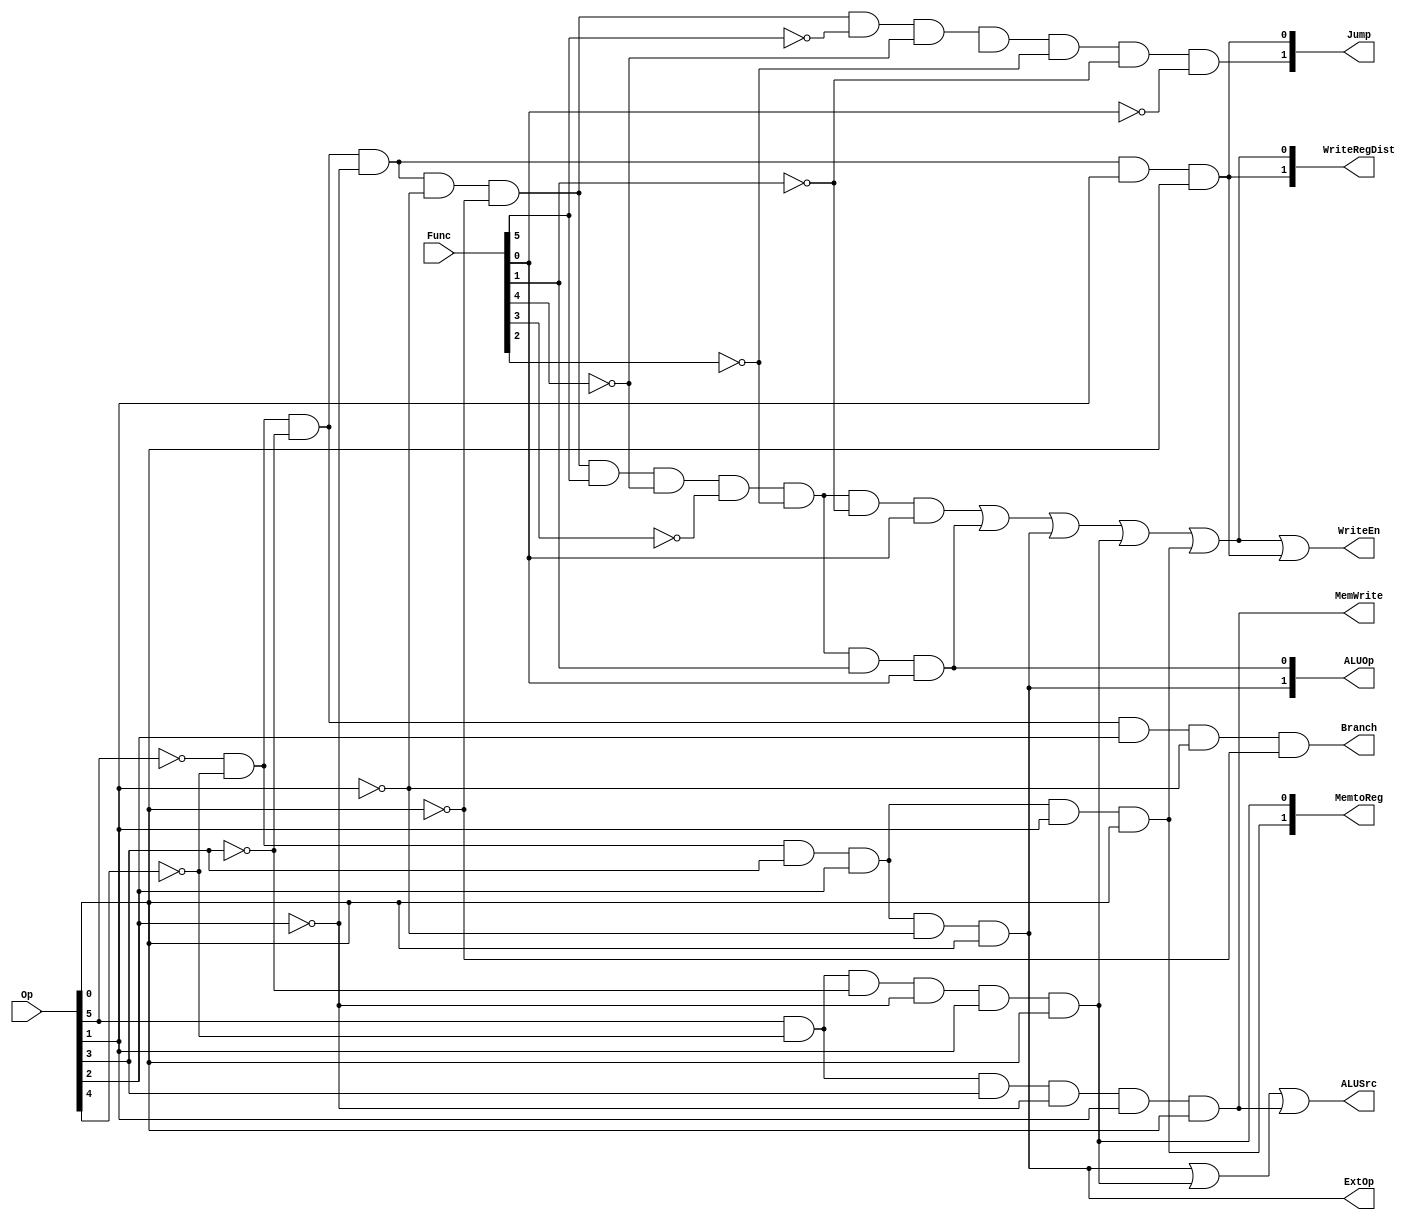
module ctrl(
	Op,Func,Jump,Branch,
	ALUSrc,ALUOp,
	ExtOp,MemWrite,MemtoReg,
	WriteEn,WriteRegDist,
    );
	input [5:0] Op;
	input [5:0] Func;
	output [1:0] Jump;
	output Branch;
	output ALUSrc;
	output [1:0] ALUOp;
	output ExtOp;
	output MemWrite;
	output [1:0] MemtoReg;
	output WriteEn;
	output [1:0]WriteRegDist;

	wire jal,jr,addu,subu,ori,lw,sw,beq,lui;
	//and
	assign addu = !Op[5]&!Op[4]&!Op[3]&!Op[2]&!Op[1]&!Op[0]&
				Func[5]&!Func[4]&!Func[3]&!Func[2]&!Func[1]&Func[0];
	assign subu = !Op[5]&!Op[4]&!Op[3]&!Op[2]&!Op[1]&!Op[0]&
				Func[5]&!Func[4]&!Func[3]&!Func[2]&Func[1]&Func[0];
	assign ori = !Op[5]&!Op[4]&Op[3]&Op[2]&!Op[1]&Op[0];
	assign lw = Op[5]&!Op[4]&!Op[3]&!Op[2]&Op[1]&Op[0];
	assign sw = Op[5]&!Op[4]&Op[3]&!Op[2]&Op[1]&Op[0];
	assign beq = !Op[5]&!Op[4]&!Op[3]&Op[2]&!Op[1]&!Op[0];
	assign lui = !Op[5]&!Op[4]&Op[3]&Op[2]&Op[1]&Op[0];
	assign jal = !Op[5]&!Op[4]&!Op[3]&!Op[2]&Op[1]&Op[0];
	assign jr = !Op[5]&!Op[4]&!Op[3]&!Op[2]&!Op[1]&!Op[0]&
				!Func[5]&!Func[4]&SFunc[3]&!Func[2]&!Func[1]&!Func[0];

	assign Jump = {jr,jal};//jal 01  jr 10
	assign Branch = beq;
	assign ALUSrc = ori|lw|sw;
	assign ALUOp = {ori,subu};
	assign ExtOp = ori;
	assign MemWrite = sw;
	assign MemtoReg = {lui,lw};//lui 10  lw 01
	assign WriteEn = addu|subu|ori|lw|lui|jal;
	assign WriteRegDist = {jal,addu|subu|ori|lw|lui};

endmodule